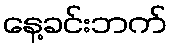
နေ့ခင်းဘက်